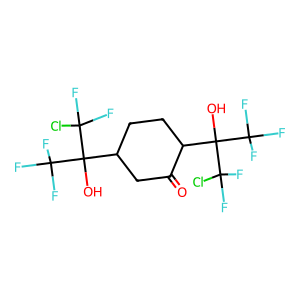
SMILES: O=C1CC(C(O)(C(F)(F)F)C(F)(F)Cl)CCC1C(O)(C(F)(F)F)C(F)(F)Cl
Inhibits HIV replication: No